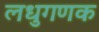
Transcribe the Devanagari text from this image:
लधुगणक